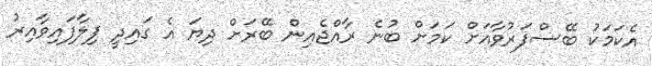
އެކަމަކު ބޭސްފަރުވާއަށް ކަމަށް ބުނެ ރާއްޖެއިން ބޭރަށް ދިޔަ އެ ގައިދީ ފިލާފައިވާއިރު